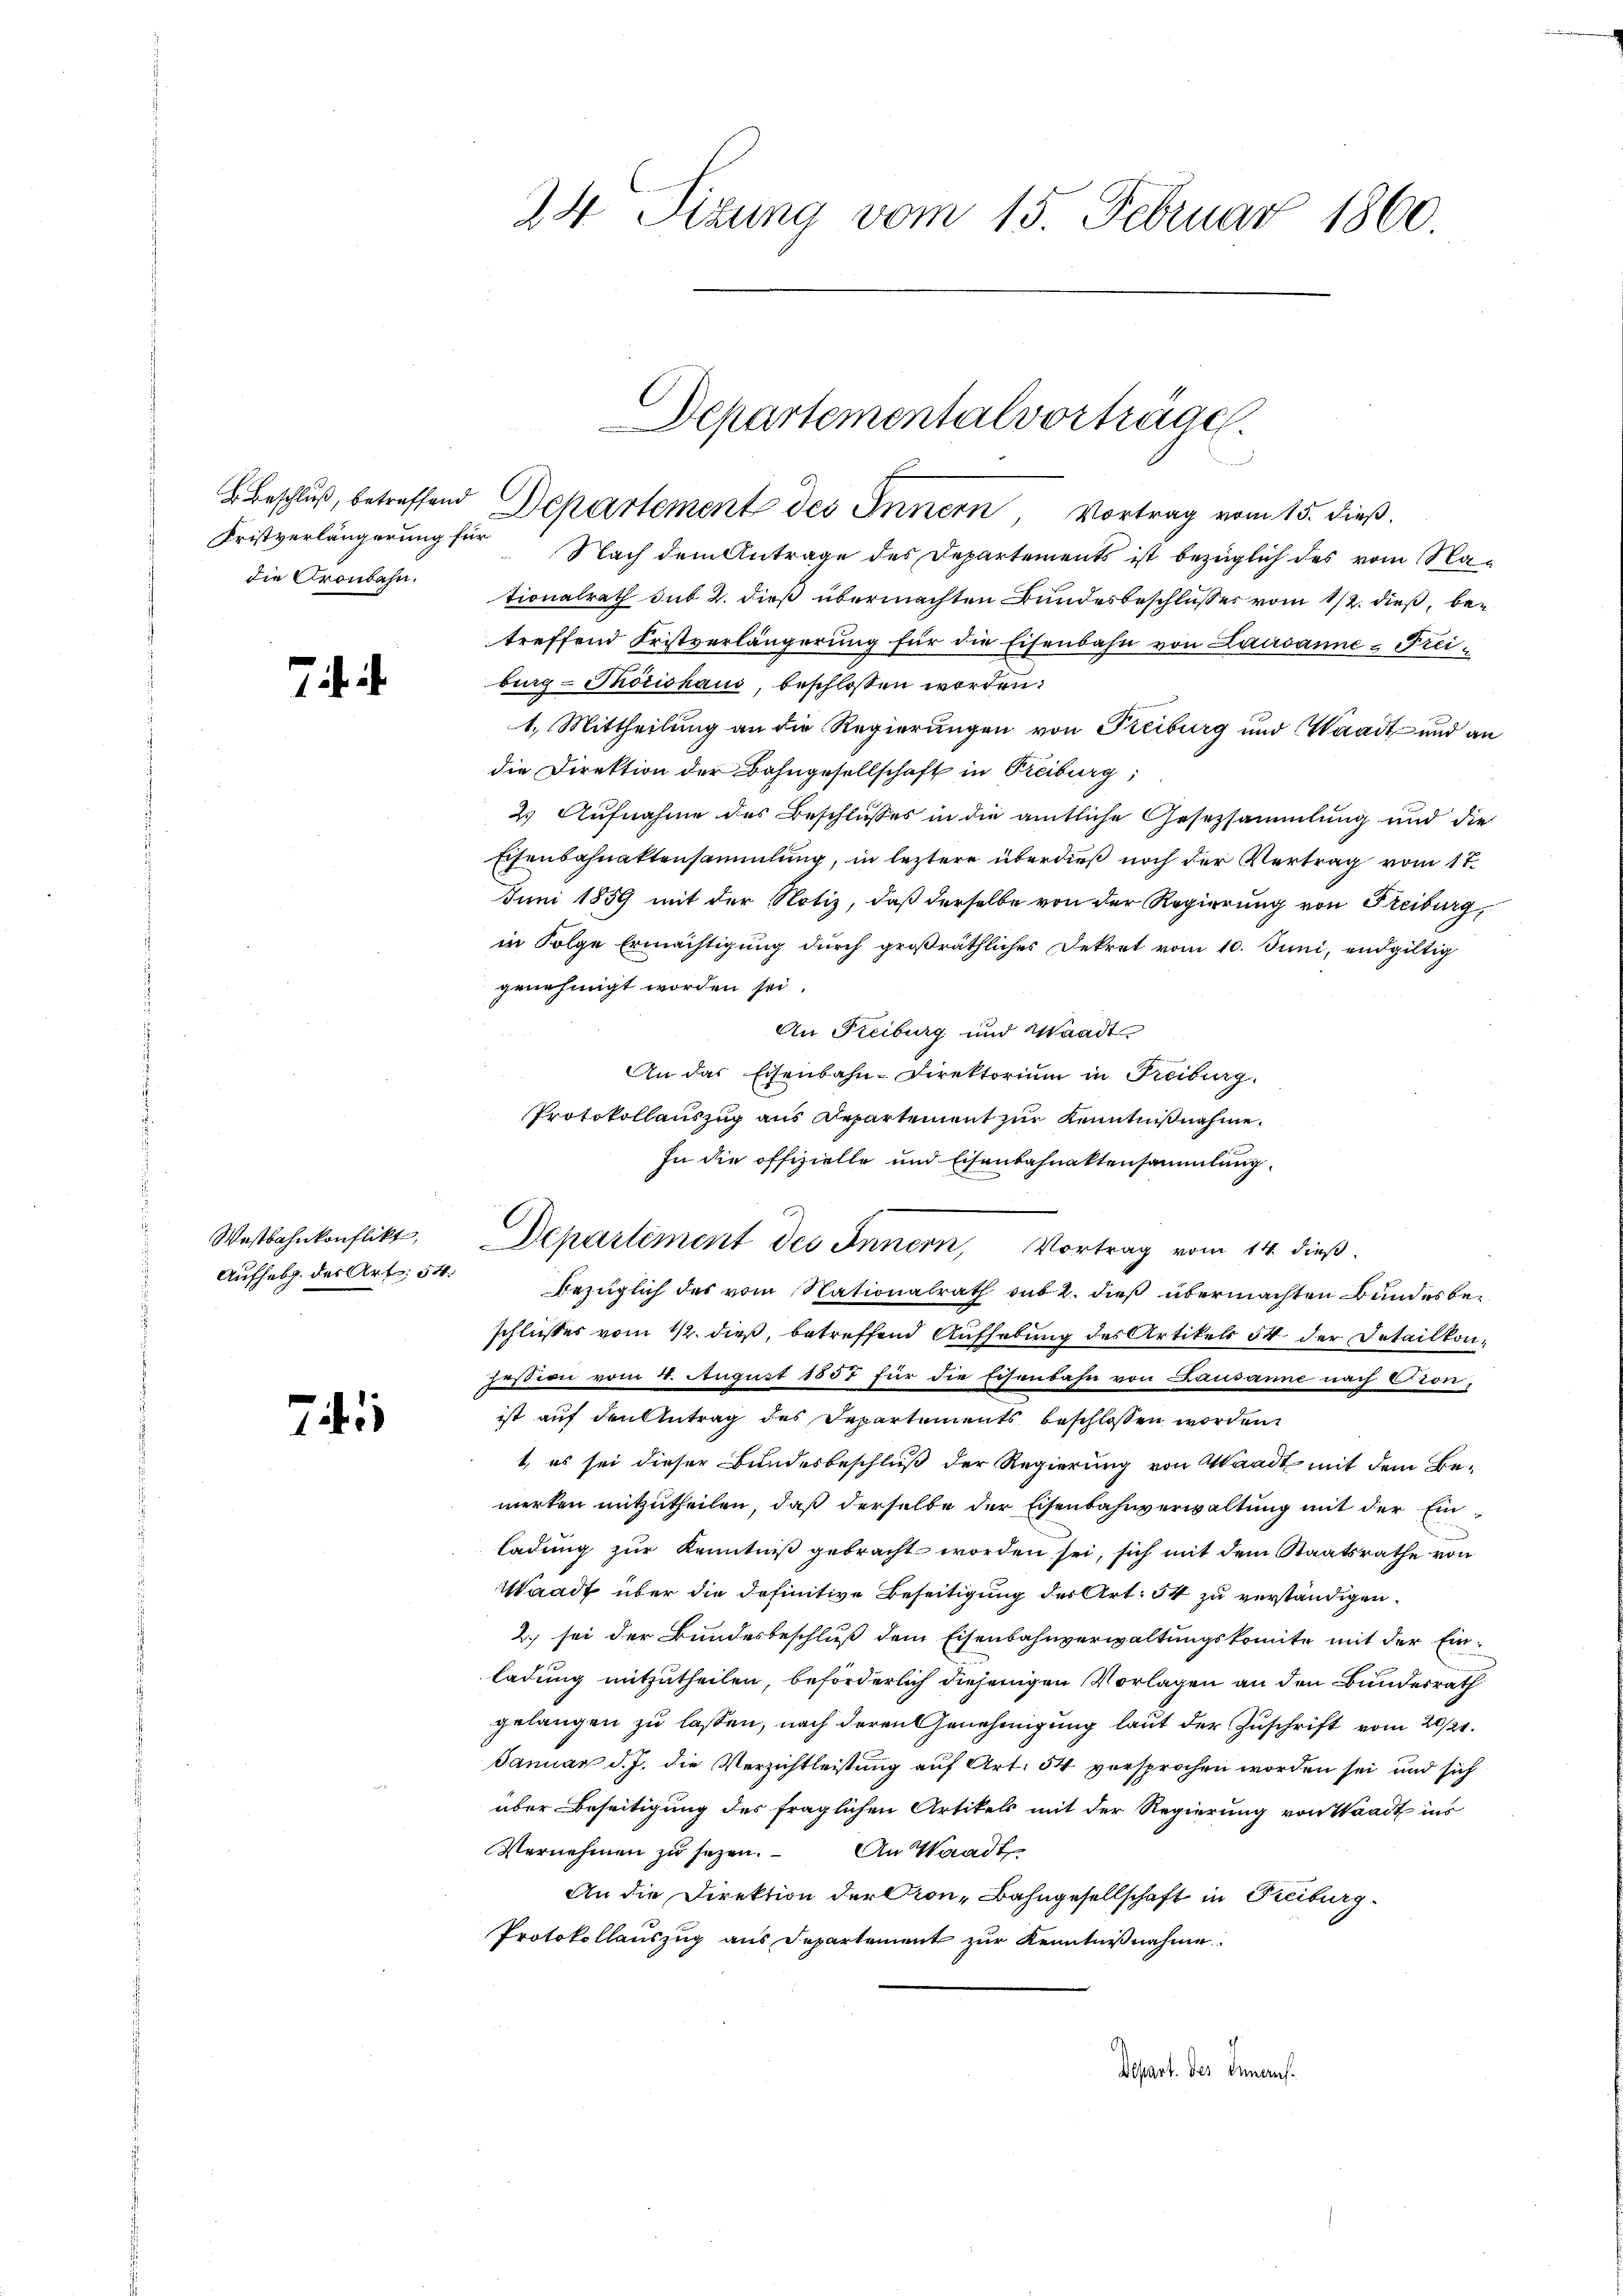
die Gronbahn.

Wastbahnkonflikt,
Aufhebg. des Art. 54.

741

24 Sitzung vom 15. Februar 1860.

Fristverlängerung für Nach dem Antrage des Departements ist bezüglich des vom Na-
tionalrath sub 2. dieß übermachten Bundesbeschlusses vom 12. dieß, betreffend Fristverlängerung für die Eisenbahn von Lausanne & Freiburg - Thorishaui, beschlossen werden:
1.) Mittheilung an die Regierungen von Freiburg und Waadt und an
die Direktion der Bahngesellschaft in Freiburg,
2. Aufnahme des Beschlusses in die amtliche Gesetzsammlung und die
Eisenbahnaktensammlung, in leztere überdieß noch der Vertrag vom 17.
Juni 1859 mit der Notiz, daß derselbe von der Regierung von Freiburg,
in Folge Ermächtigung durch großräthliches Dekret vom 10. Juni, endgültig
genehmigt worden sei.
An Freiburg und Waadt
An das Eisenbahn-Direktorium in Freiburg.
Protokollauszug aus Departement zur Kenntnißnahme.
In die offizielle und Eisenbahnaktensammlung
Departiment des Innern, Vortrag vom 14. dieß.
bezüglich des vom Nationalrath sub 2. dieß übermachten Bundesbeschließes vom 12. dieß, betreffend Aufhebung des Artikels 34 der Detailkon¬
Jestern vom 4. August 1857 für die Eisenbahn von Lausanne nach Gron,
ist auf den Antrag des Repartements beschlossen worden.
t, es sei dieser Bundesbeschluß der Regierung von Waadt mit dem Bemerken mitzutheilen, daß derselbe der Eisenbahnverwaltung mit der Einladung zur Kenntniß gebracht worden sei, sich mit dem Staatsrathe von
Waadt über die definitive Beseitigung des Art. 54 zu verständigen.
2. sei der Bundesbeschluß dem Eisenbahnverwaltungskomite mit der Einladung mitzutheilen, beförderlich diejenigen Vorlagen an den Bundesrath
gelangen zu lassen, nach deren Genehmigung laut der Zuschrift vom 20/21.
Januar d. J. die Verzichtleistung auf Art. 54 versprochen worden sei und sich
über Beseitigung des fraglichen Artikels mit der Regierung von Waadt ins
Vernehmen zu sezen. An Waadt
An die Direktion der Kron-Bahngesellschaft in Kreiburg
Protokollauszug aus Departement zur Kenntnißnahme.
Depart. des Innern.

Departementalvorträge.
d
B. Beschluß, betreffend Departement des Innern, Vortrag vom 15. dieß.